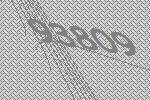
93809